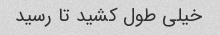
خیلی طول کشید تا رسید